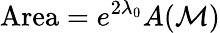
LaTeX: \mathrm{Area}=e^{2\lambda_{0}}A({\cal M})